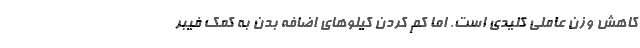
کاهش وزن عاملی کلیدی است. اما کم کردن کیلوهای اضافه بدن به کمک فیبر